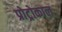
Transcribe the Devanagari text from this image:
प्रोट्रोकाल